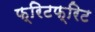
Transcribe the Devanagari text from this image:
फ्रिटफ्रिट